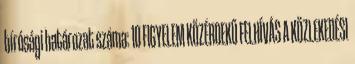
bírósági határozat száma: 10 FIGYELEM KÖZÉRDEKŰ FELHÍVÁS A KÖZLEKEDÉSI